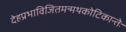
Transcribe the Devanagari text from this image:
देहप्रभाविजितमन्मथकोटिकान्तेः